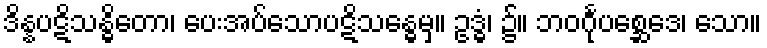
ဒိန္နပဋိသန္ဓိတော၊ ပေးအပ်သောပဋိသန္ဓေမှ။ ဥဒ္ဓံ၊ ၌။ ဘဝင်္ဂုပစ္ဆေဒေ၊ သော။